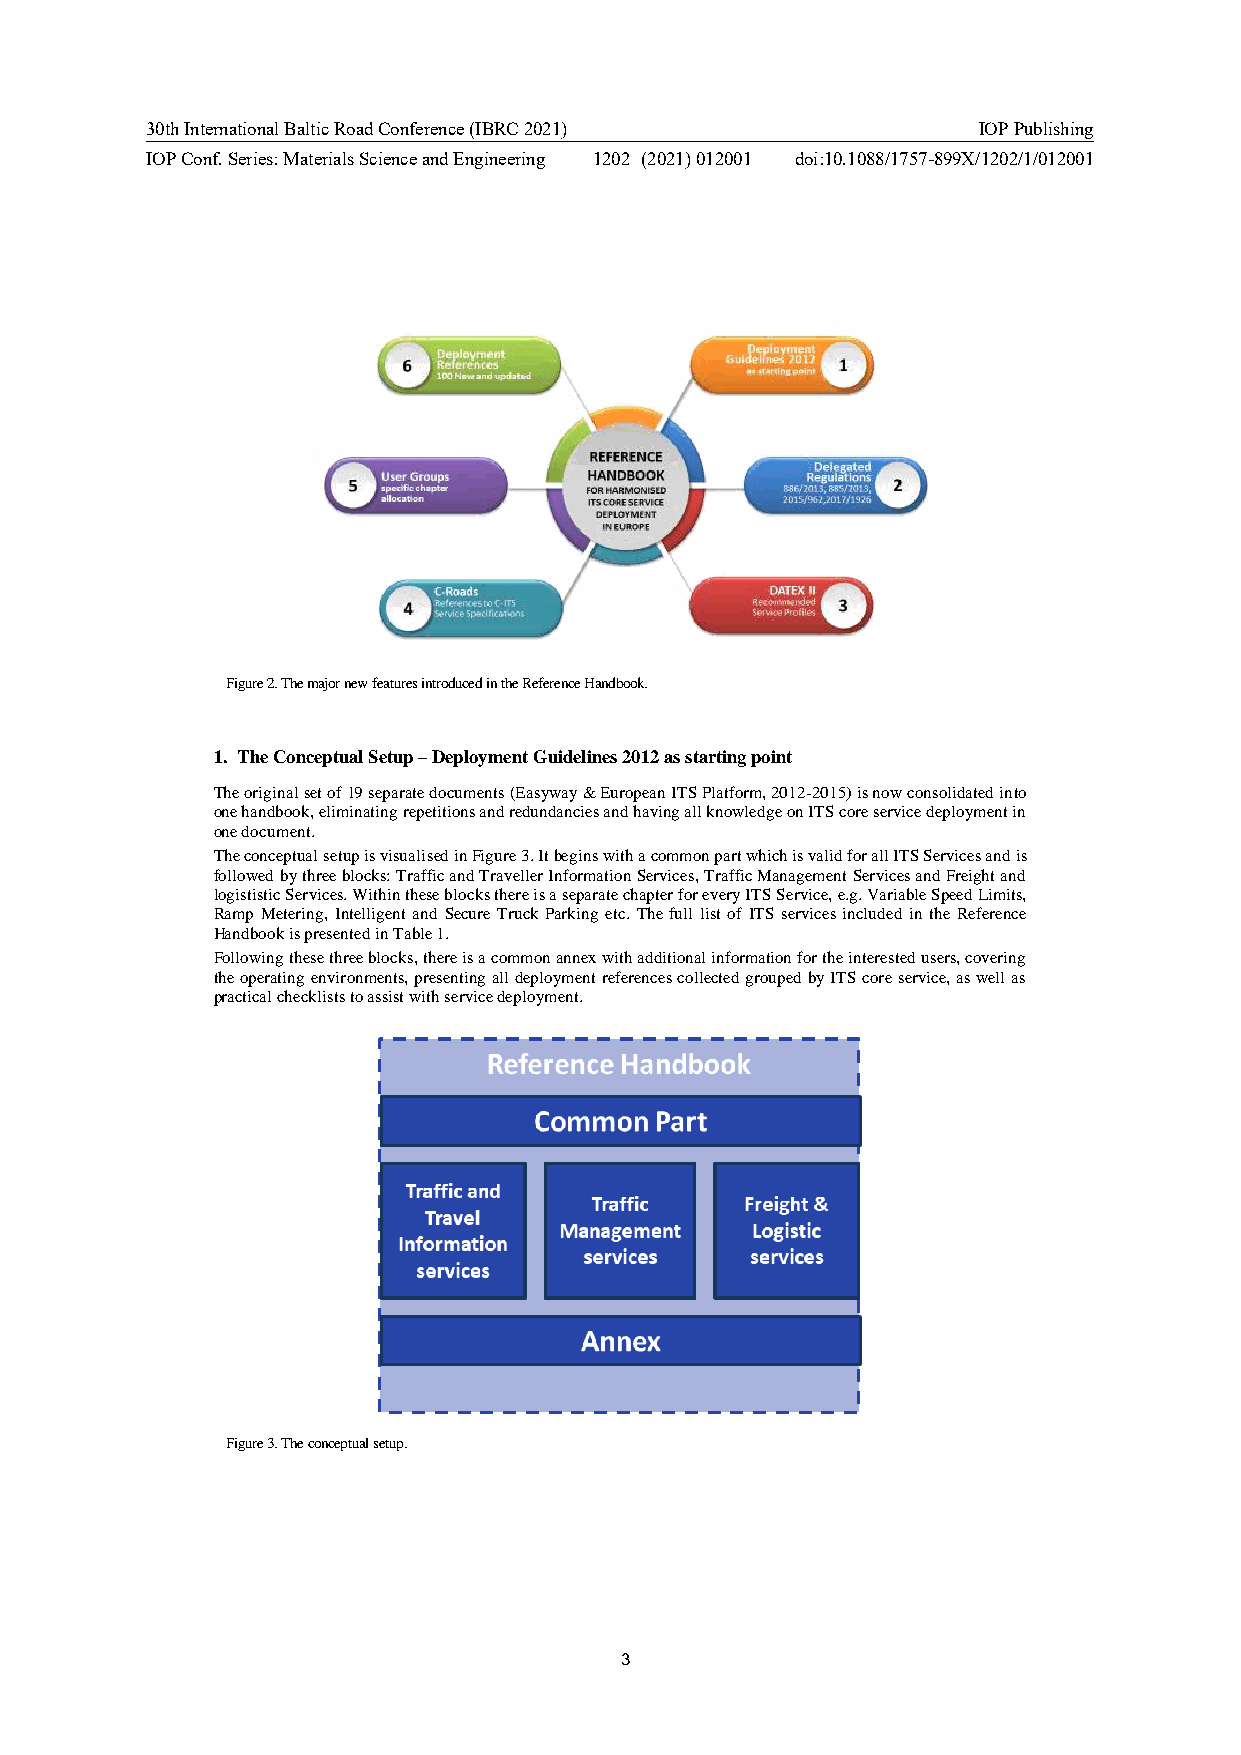
30th International Baltic Road Conference (IBRC 2021)  IOP Publishing
 IOP Conf. Series: Materials Science and Engineering 1202 (2021) 012001 doi:10.1088/1757-899X/1202/1/012001
 Figure 2. The major new features introduced in the Reference Handbook.
 1. The Conceptual Setup – Deployment Guidelines 2012 as starting point
 The original set of 19 separate documents (Easyway & European ITS Platform, 2012-2015) is now consolidated into
 one handbook, eliminating repetitions and redundancies and having all knowledge on ITS core service deployment in
 one document.
 The conceptual setup is visualised in Figure 3. It begins with a common part which is valid for all ITS Services and is
 followed by three blocks: Traffic and Traveller Information Services, Traffic Management Services and Freight and
 logististic Services. Within these blocks there is a separate chapter for every ITS Service, e.g. Variable Speed Limits,
 Ramp Metering, Intelligent and Secure Truck Parking etc. The full list of ITS services included in the Reference
 Handbook is presented in Table 1.
 Following these three blocks, there is a common annex with additional information for the interested users, covering
 the operating environments, presenting all deployment references collected grouped by ITS core service, as well as
 practical checklists to assist with service deployment.
 Figure 3. The conceptual setup.
 3